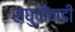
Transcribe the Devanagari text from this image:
राघुचीवाडी